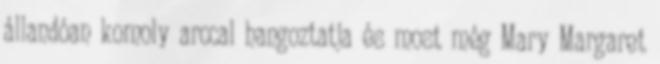
állandóan komoly arccal hangoztatja és most még Mary Margaret